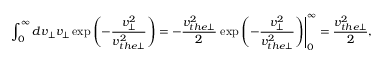
\int _ { 0 } ^ { \infty } d v _ { \perp } v _ { \perp } \exp \left( - \frac { v _ { \perp } ^ { 2 } } { v _ { t h e \perp } ^ { 2 } } \right) = - \frac { v _ { t h e \perp } ^ { 2 } } { 2 } \left. \exp \left( - \frac { v _ { \perp } ^ { 2 } } { v _ { t h e \perp } ^ { 2 } } \right) \right| _ { 0 } ^ { \infty } = \frac { v _ { t h e \perp } ^ { 2 } } { 2 } ,